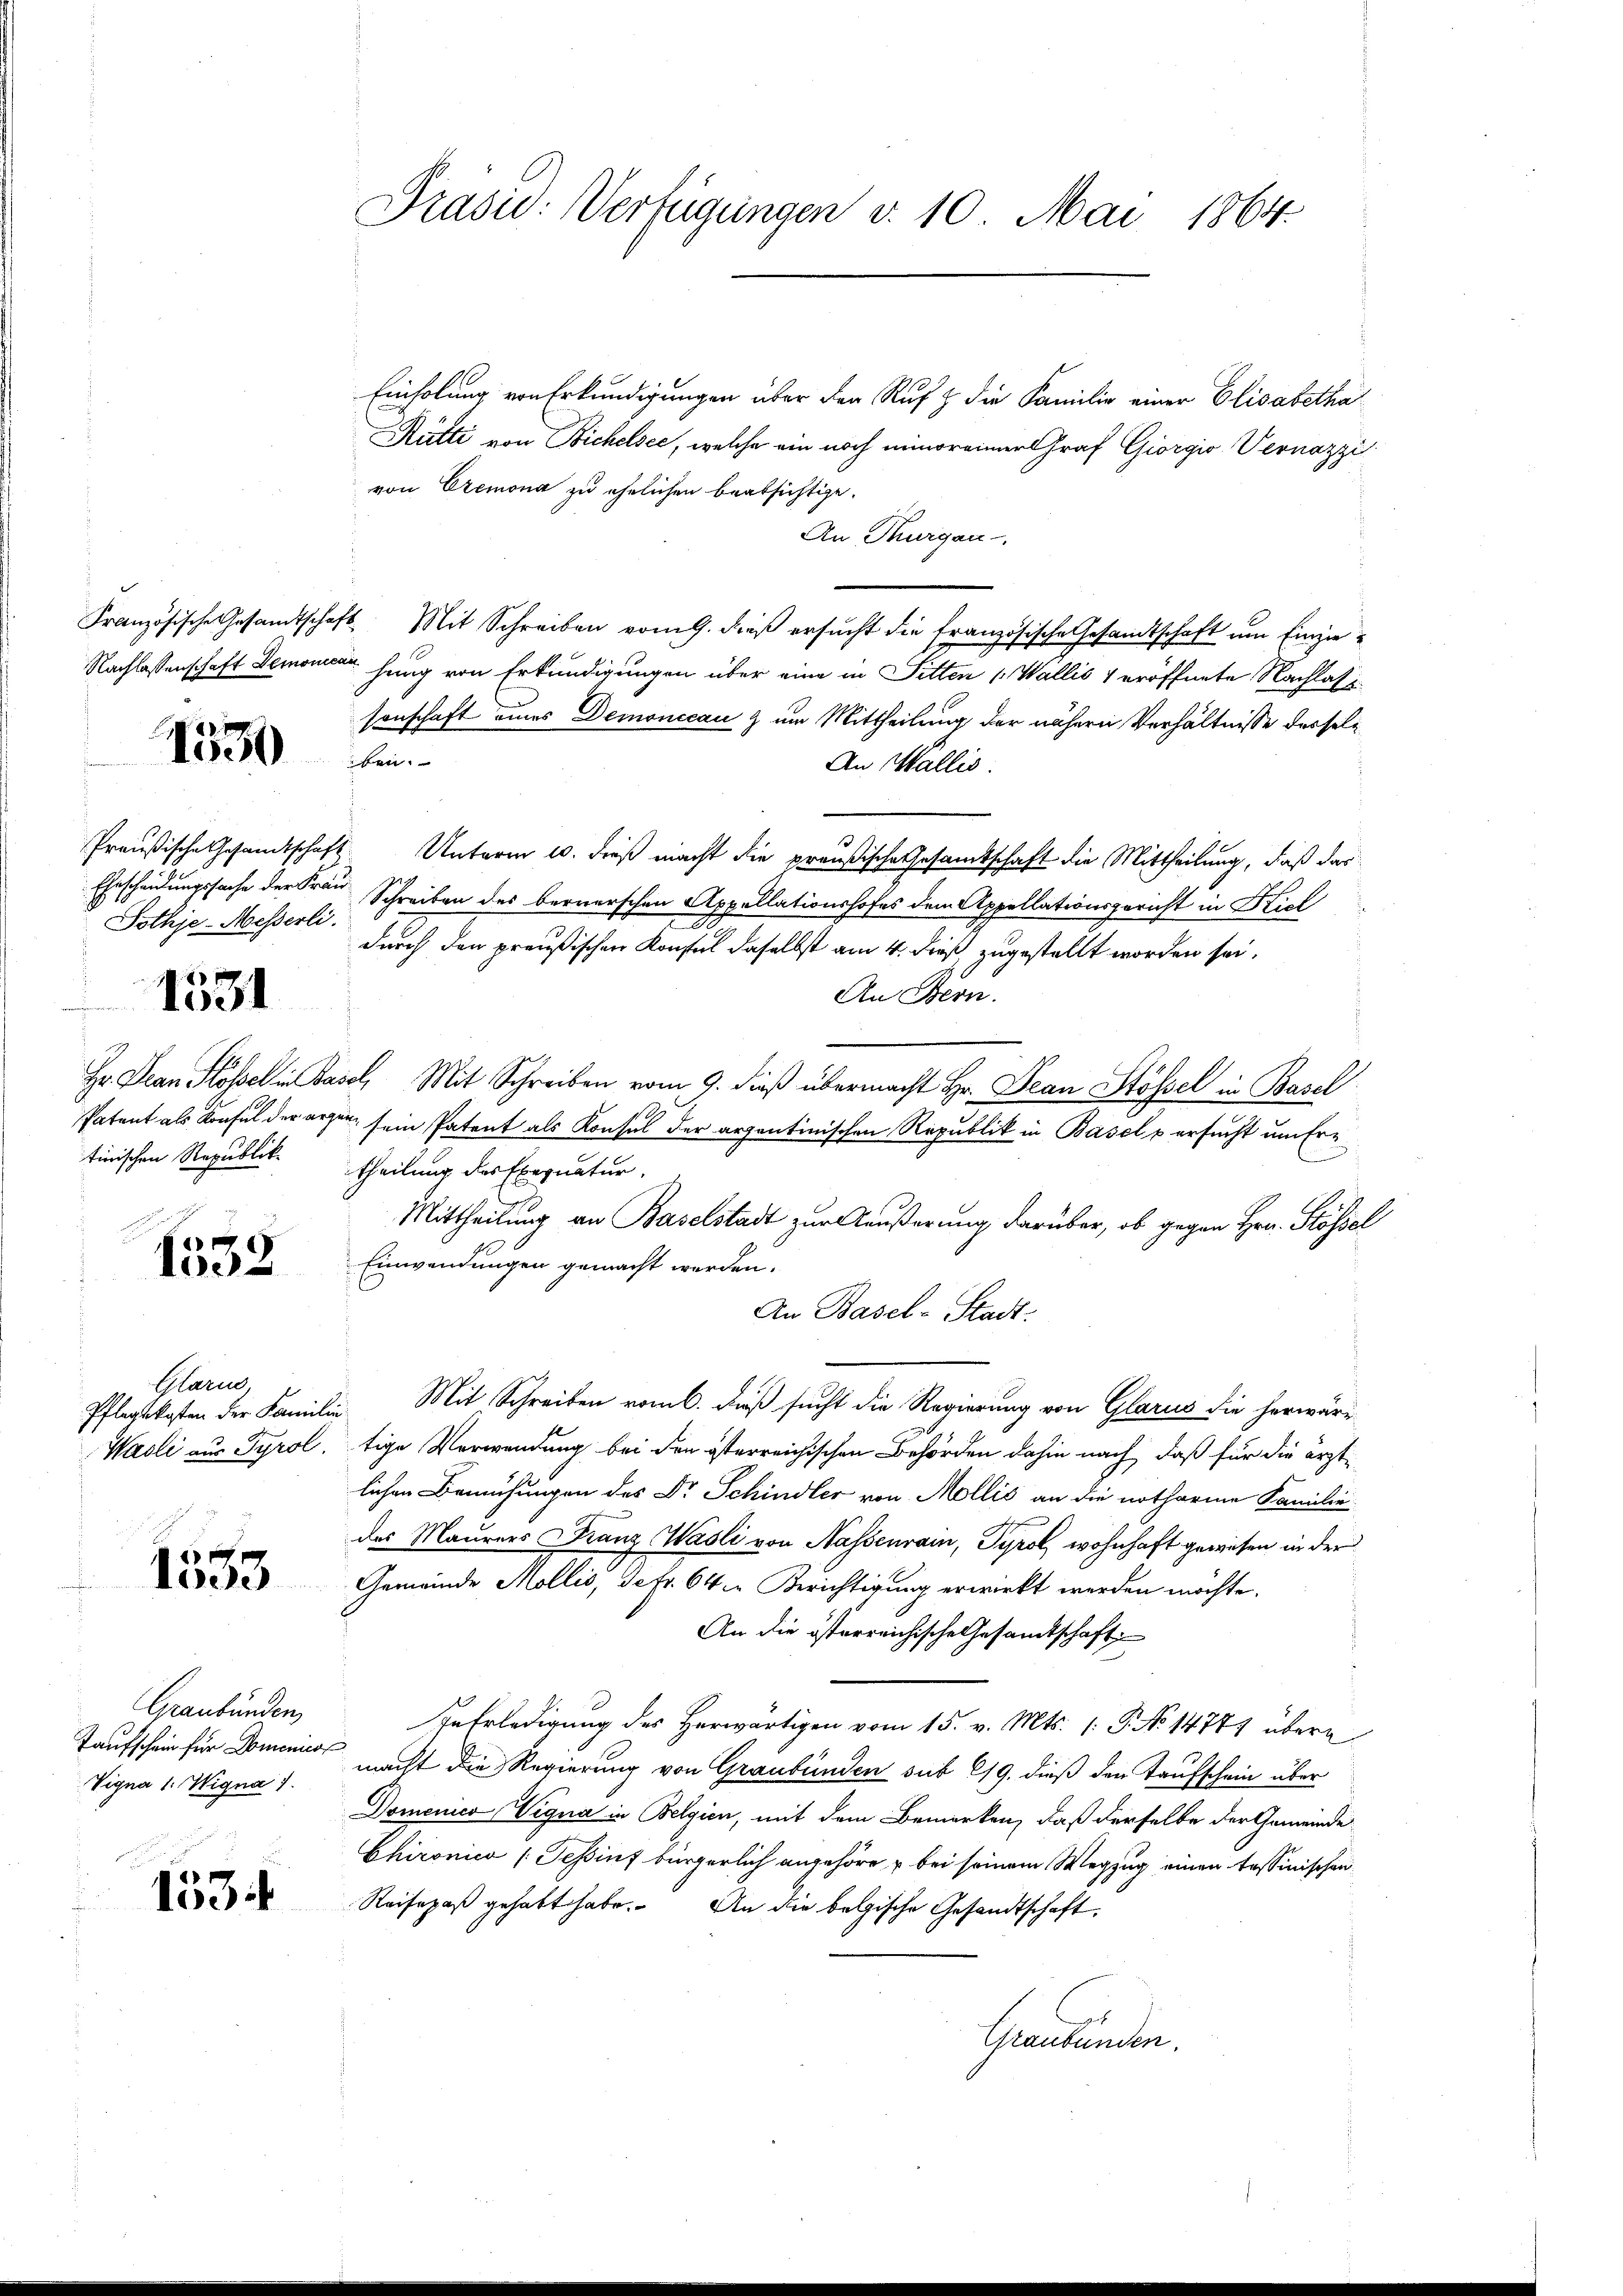
1530

Ehrscheidungssache der Frau
Sothje-Messerli.
18 x

1001

tinischen Republik

1552

Glarus

1533

Graubünden,
Vigna 1. Wigna 1

153

Präsid. Verfügungen v. 10. Mai 1864.

Einholung von Erkundigungen über den Ruf & die Familie einer Elisabetha¬
Hütti von Bichelsee, welche ein noch minoreiner Graf Giorgio Vernazzi
von Cremona zu ehelichen beabsichtige.
An Thurgau
Französische Gesandtschaft Mit Schreiben vom 9. dieβ ersŭcht die französische Gesandtschaft um Einzie¬
Nachlassenschaft Demomen hung von Erkundigungen über eine in Pitten (Wallis veröffnete Nachlass
sonschaft eines Demonccau & um Mittheilung der nähern Verhältnisse desseliben.
An Wallis.
Preußische Gesandtschaft. Unterm 10. dieß macht die preußische Gesamtschaft die Mittheilung, daß das
Schreiben des bernerschen Appellationshofes dem Appellationsgericht in Kiel
durch den preußischen Konstel daselbst am 4. dieß zugestellt worden sei.
An Bern.
Hr. Jean Klössel in Basel, Mit Schreiben vom 9. dieß übermacht Hr. Dran Stössel in Basel
Patent als Konsul der ärger sein Patent als Konsul der arzentinischen Republik in Basel u ersucht um Ertheilung des Exequatur.
Mittheilung an Baselstadt zur Aeußerung darüber, ob gegen Hrn. Stössel
Einwendungen gemacht werden.
An Basel-Stadt.
Pflegekosten der Familie Mit Schreiben vom 6. dieß sucht die Regierung von Glarus die herwäre
Wasli aus Tyrol, tige Verwendung bei den österreichischen Behörden dahin nach, daß für die ärztlichen Bemühungen des Dr Schindler von Mollis an die notharine Familie
des Maurers Franz Wasli von Nassenrain, Tyrol, wohnhaft gewesen in der
Gemeinde Mollis, defr. 64 in Berichtigung erwirkt werden möchte.
An die österreichische Gesamtschaft:
In Erledigung des Herwärtigen vom 15. v. Mts. (: P. No 14771 überg
Taufschein für Domenis nacht die Regierung von Graubünden sub 219. dieß den Taufschein über
Domenico Vigna in Belgien, mit dem Bemerken, daß derselbe der Gemeinde
Chironica (Teßin bürgerlich angehöre u bei seinem Wegzug einen tessinischen
Reisepaß gehabt habe. An die belgische Gesandtschaft.
Graubünden.